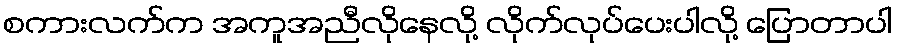
စကားလက်က အကူအညီလိုနေလို့ လိုက်လုပ်ပေးပါလို့ ပြောတာပါ